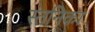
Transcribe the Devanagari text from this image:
स्तनिका